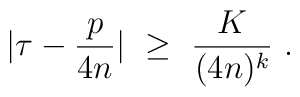
|\tau-\frac{p}{4n}|\ \ge\ \frac K{(4n)^k}\ .